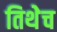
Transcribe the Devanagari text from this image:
तिथेेच